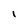
Character: I